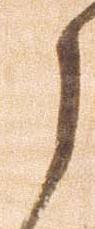
々